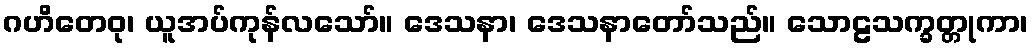
ဂဟိတေဝု၊ ယူအပ်ကုန်လသော်။ ဒေသနာ၊ ဒေသနာတော်သည်။ သောဠသက္ခတ္တုကာ၊